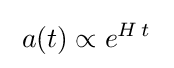
\;a(t)\propto e^{H\,t}~